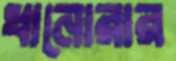
ধানোরার